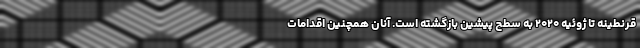
قرنطینه تا ژوئیه ۲۰۲۰ به سطح پیشین بازگشته است. آنان همچنین اقدامات